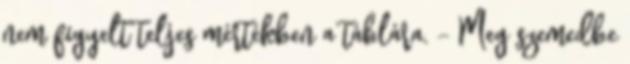
nem figyelt teljes mértékben a táblára. - Meg szemedbe